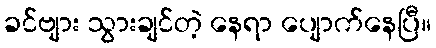
ခင်ဗျား သွားချင်တဲ့ နေရာ ပျောက်နေပြီ။